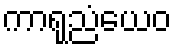
ကာရုညံယေဝ